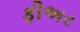
ફીઅર